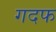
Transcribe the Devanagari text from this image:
गदफ